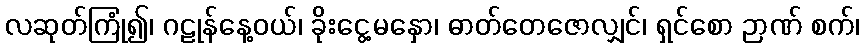
လဆုတ်ကြုံ၍၊ ဂဠုန်နေ့ဝယ်၊ ခိုးငွေ့မနှော၊ ဓာတ်တေဇောလျှင်၊ ရှင်စော ဉာဏ် စက်၊